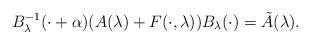
LaTeX: \begin{align*}B_\lambda^{-1}(\cdot+\alpha)(A(\lambda)+F(\cdot,\lambda))B_\lambda(\cdot)=\tilde{A}(\lambda).\end{align*}